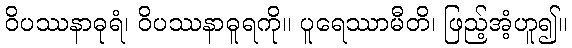
ဝိပဿနာဓုရံ၊ ဝိပဿနာဓူရကို။ ပူရေဿာမီတိ၊ ဖြည့်အံ့ဟူ၍။